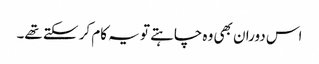
اس دوران بھی وہ چاہتے تو یہ کام کر سکتے تھے۔